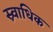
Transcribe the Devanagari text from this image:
स्र्वाधिक